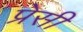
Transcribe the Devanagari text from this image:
प्रेसी